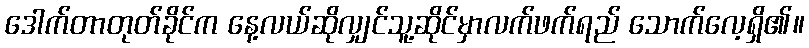
ဒေါက်တာတုတ်ခိုင်က နေ့လယ်ဆိုလျှင်သူ့ဆိုင်မှာလက်ဖက်ရည် သောက်လေ့ရှိ၏။